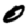
Digit: 0